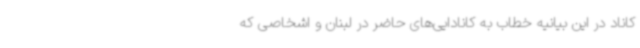
کاناد در این بیانیه خطاب به کانادایی‌های حاضر در لبنان و اشخاصی که